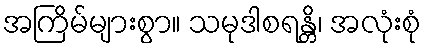
အကြိမ်များစွာ။ သမုဒါစရန္တိ၊ အလုံးစုံ